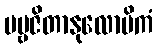
ပဗ္ဗဇိတာနုလောမိကံ